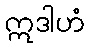
ဣဒါဟံ